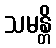
သမန္တိ